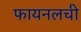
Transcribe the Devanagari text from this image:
फायनलची